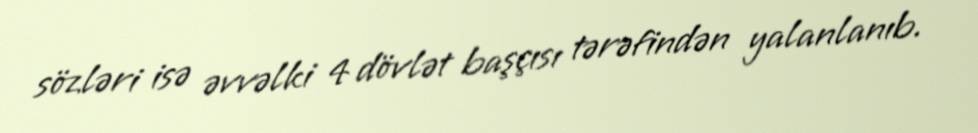
sözləri isə əvvəlki 4 dövlət başçısı tərəfindən yalanlanıb.